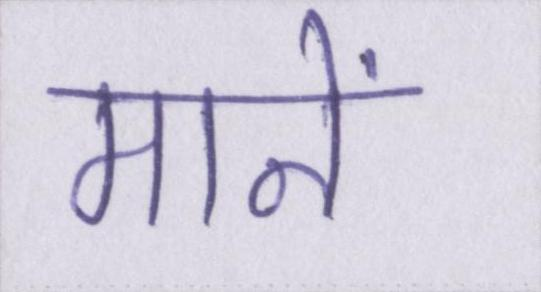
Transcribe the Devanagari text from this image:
मानें